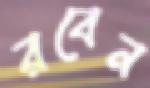
রবেন